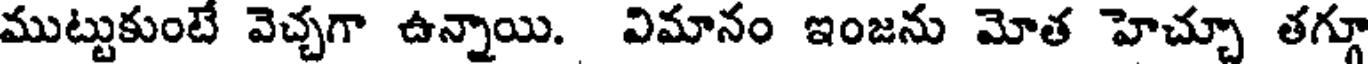
ముట్టుకుంటే వెచ్చగా ఉన్నాయి. విమానం ఇంజను మోత హెచ్చూ తగ్గూ